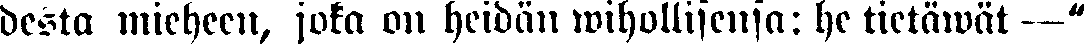
desta mieheen, joka on heidän wihollisensa: he tietäwät —"